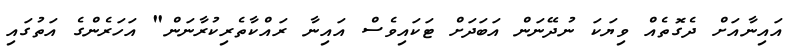
އައިނާއަށް ދެގޮތެއް ވިޔަކަ ނުދޭނަން އަބަދަށް ޓަކައިވެސް އައިނާ ރައްކާތެރިކުރާނަން" އަހަރެންގެ އަތުގައި